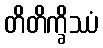
တိတိက္ခိဿံ